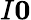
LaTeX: I\le 0